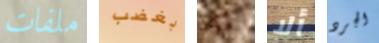
ملفات بغضب هواك ألا الجرد